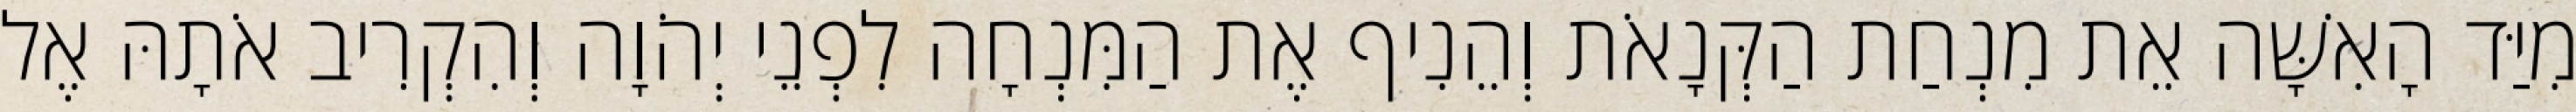
מִיַּד הָאִשָּׁה אֵת מִנְחַת הַקְּנָאֹת וְהֵנִיף אֶת הַמִּנְחָה לִפְנֵי יְהֹוָה וְהִקְרִיב אֹתָהּ אֶל